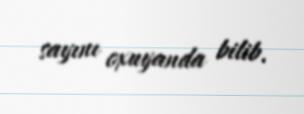
sayını oxuyanda bilib.